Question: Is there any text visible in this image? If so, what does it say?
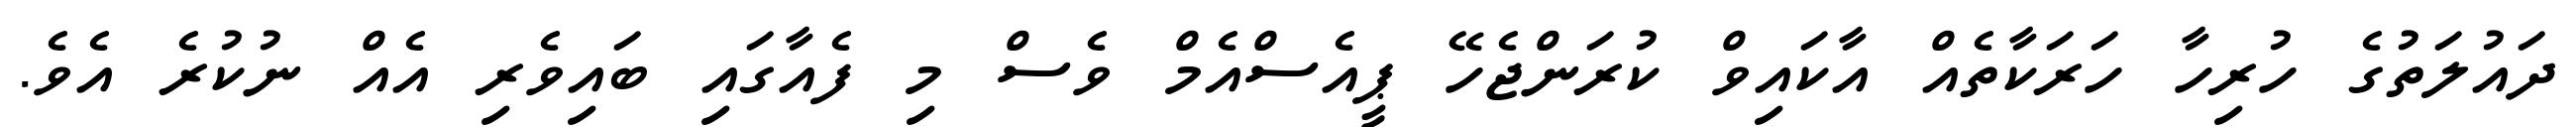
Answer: ދައުލަތުގެ ހުރިހާ ހަރަކާތެއް އާކައިވް ކުރަންޖެހޭ ޕީއެސްއެމް ވެސް މި ފެއާގައި ބައިވެރި އެއް ނުކުރެ އެވެ.